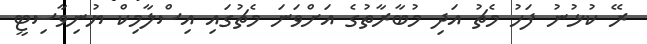
ރޭ ކުޅުނު ފަހު މެޗު އަދި މުބާރާތުގެ އަށްވަނަ މެޗުގައި އިސްލާމިކް ޔުނިވާސިޓީ